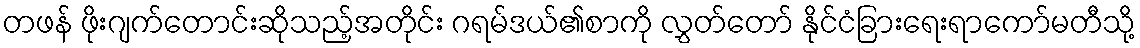
တဖန် ဖိုးဂျက်တောင်းဆိုသည့်အတိုင်း ဂရမ်ဒယ်၏စာကို လွှတ်တော် နိုင်ငံခြားရေးရာကော်မတီသို့